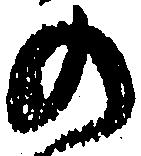
の